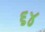
૬૪